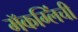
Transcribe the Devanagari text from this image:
मॅकग्लिंची